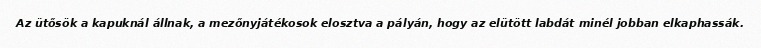
Az ütősök a kapuknál állnak, a mezőnyjátékosok elosztva a pályán, hogy az elütött labdát minél jobban elkaphassák.